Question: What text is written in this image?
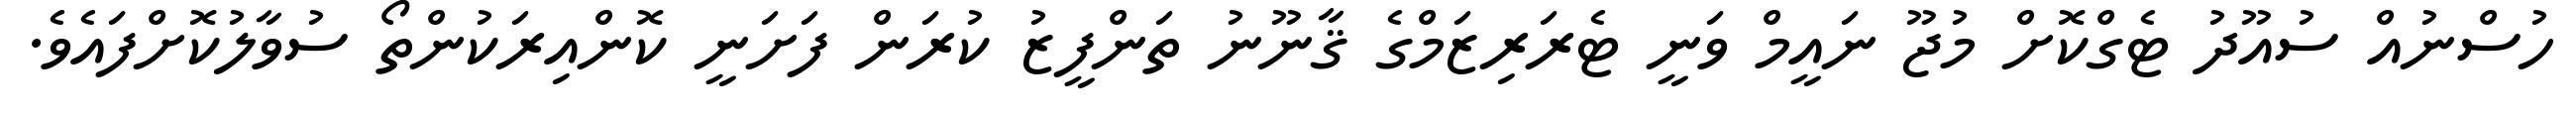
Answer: ހުސްނުއް ސުއޫދު ޓެގްކޮށް މުޖޫ ނައީމް ވަނީ ޓެރަރިޒަމްގެ ޤާނޫނު ތަންފީޒު ކުރަން ފަށަނީ ކޮންއިރަކުންތޯ ސުވާލުކޮށްފައެވެ.